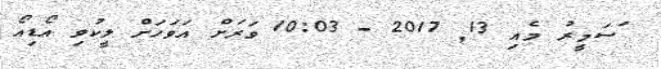
ަސަމީރު މެއި 13